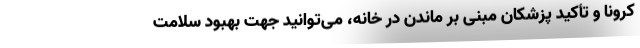
کرونا و تأکید پزشکان مبنی بر ماندن در خانه، می‌توانید جهت بهبود سلامت